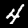
Digit: 4